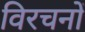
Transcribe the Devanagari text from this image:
विरचनों